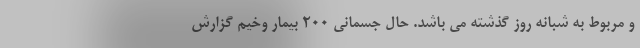
و مربوط به شبانه روز گذشته می باشد. حال جسمانی ۲۰۰ بیمار وخیم گزارش